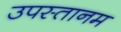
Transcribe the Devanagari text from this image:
उपस्तानम